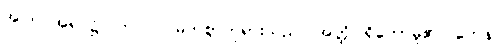
အကြင်အရပ်၌။ ဘဂဝါ၊ မြတ်စွာဘုရားသည်။ အတ္ထိ၊ ရှိတော်မူ၏။ တေန၊